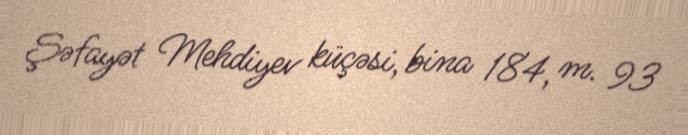
Şəfayət Mehdiyev küçəsi, bina 184, m. 93